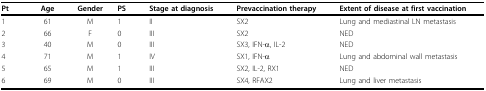
<table><thead><tr><td><b>Pt</b></td><td><b>Age</b></td><td><b>Gender</b></td><td><b>PS</b></td><td><b>Stage at diagnosis</b></td><td><b>Prevaccination therapy</b></td><td><b>Extent of disease at first vaccination</b></td></tr></thead><tbody><tr><td>1</td><td>61</td><td>M</td><td>1</td><td>II</td><td>SX2</td><td>Lung and mediastinal LN metastasis</td></tr><tr><td>2</td><td>66</td><td>F</td><td>0</td><td>III</td><td>SX2</td><td>NED</td></tr><tr><td>3</td><td>40</td><td>M</td><td>0</td><td>III</td><td>SX3, IFN-α, IL-2</td><td>NED</td></tr><tr><td>4</td><td>71</td><td>M</td><td>1</td><td>IV</td><td>SX1, IFN-α</td><td>Lung and abdominal wall metastasis</td></tr><tr><td>5</td><td>65</td><td>M</td><td>1</td><td>III</td><td>SX2, IL-2, RX1</td><td>NED</td></tr><tr><td>6</td><td>69</td><td>M</td><td>0</td><td>III</td><td>SX4, RFAX2</td><td>Lung and liver metastasis</td></tr></tbody></table>